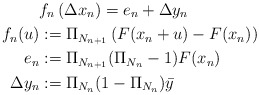
\begin{align*}& f_{n}\left( \Delta x_{n}\right) =e_{n}+\Delta y_{n}\\f_{n}(u) & :=\Pi_{N_{n+1}}\left( F(x_{n}+u)-F(x_{n})\right) \\e_{n} & :=\Pi_{N_{n+1}}(\Pi_{N_{n}}-1)F(x_{n})\\\Delta y_{n} & :=\Pi_{N_{n}}(1-\Pi_{N_{n}})\bar{y}\end{align*}